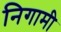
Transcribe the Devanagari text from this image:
निगामी